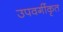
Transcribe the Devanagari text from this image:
उपवर्गीकृत